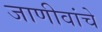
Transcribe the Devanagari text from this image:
जाणीवांचे